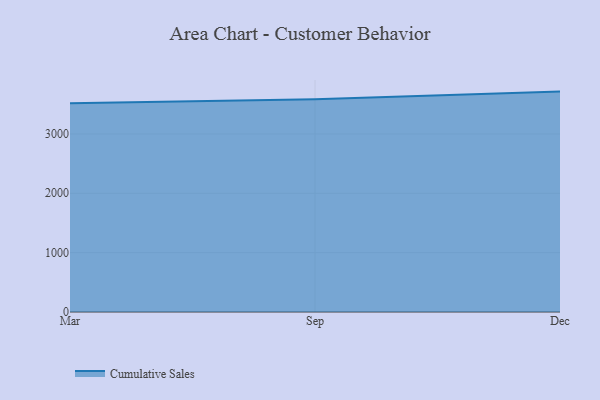
{"axis": {"x": "Month", "y": "Tickets Resolved"}, "legend": ["Cumulative Sales"], "data": [{"x": "Mar", "y": 3516.4, "type": "Cumulative Sales"}, {"x": "Sep", "y": 3583.1, "type": "Cumulative Sales"}, {"x": "Dec", "y": 3713.3, "type": "Cumulative Sales"}]}